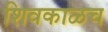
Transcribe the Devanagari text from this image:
शिवकाळच